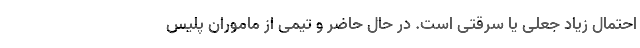
احتمال زیاد جعلی یا سرقتی است. در حال حاضر و تیمی از ماموران پلیس